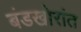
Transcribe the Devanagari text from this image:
बंडखोरांत